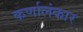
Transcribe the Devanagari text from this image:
कर्णालंकार